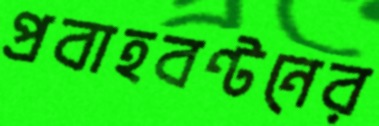
প্রবাহবণ্টনের